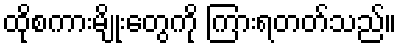
ထိုစကားမျိုးတွေကို ကြားရတတ်သည်။